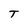
Character: T